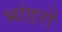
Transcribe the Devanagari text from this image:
भांडरों